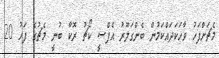
މެޗަށްފަހު ވާހަކަދައްކަމުން ބެންގަލޫރު އެފްސީ ކޯޗު ރޮކާ ބުނީ މެޗުގެ ފަހު 20